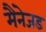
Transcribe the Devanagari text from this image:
मैंनेजड